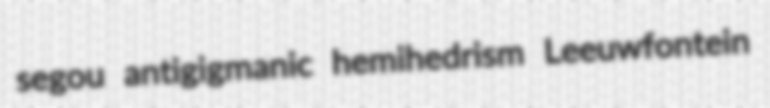
segou antigigmanic hemihedrism Leeuwfontein